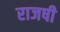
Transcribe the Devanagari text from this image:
राजषी